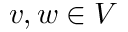
v , w \in V